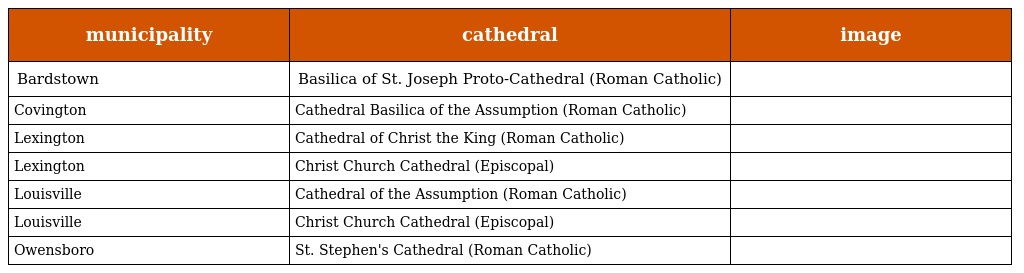
| municipality | cathedral | image |
 | --- | --- | --- |
 | Bardstown | Basilica of St. Joseph Proto-Cathedral (Roman Catholic) |  |
 | Covington | Cathedral Basilica of the Assumption (Roman Catholic) |  |
 | Lexington | Cathedral of Christ the King (Roman Catholic) |  |
 | Lexington | Christ Church Cathedral (Episcopal) |  |
 | Louisville | Cathedral of the Assumption (Roman Catholic) |  |
 | Louisville | Christ Church Cathedral (Episcopal) |  |
 | Owensboro | St. Stephen's Cathedral (Roman Catholic) |  |